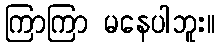
ကြာကြာ မနေပါဘူး။